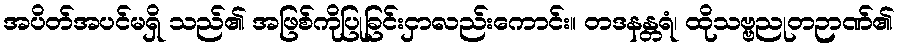
အပိတ်အပင်မရှိ သည်၏ အဖြစ်ကိုပြုခြင်းငှာလည်းကောင်း။ တဒနန္တရံ၊ ထိုသဗ္ဗညုတဉာဏ်၏